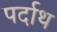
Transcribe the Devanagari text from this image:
पर्दाथ